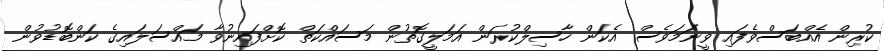
ކުރިން އެއްބަސްވެފައި ވީނަމަވެސް އެކަން ހާސިލްކުރަން އަމަލީގޮތުން މަސައްކަތް ކޮށްފައިނުވާ މައްސަލައިގެ ކަންބޮޑުވުން